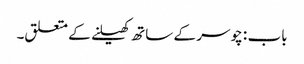
باب : چوسر کے ساتھ کھیلنے کے متعلق۔